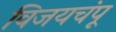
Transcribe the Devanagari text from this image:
विजयचंपू